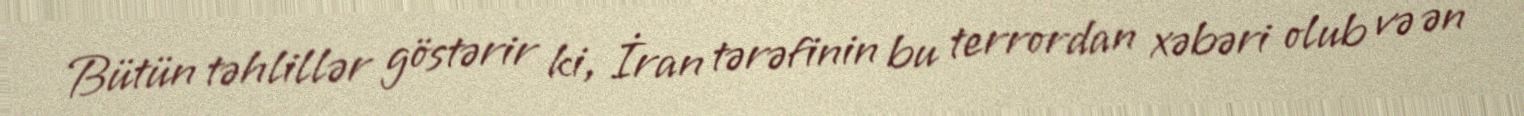
Bütün təhlillər göstərir ki, İran tərəfinin bu terrordan xəbəri olub və ən